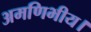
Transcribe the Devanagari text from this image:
अमणिभीय।